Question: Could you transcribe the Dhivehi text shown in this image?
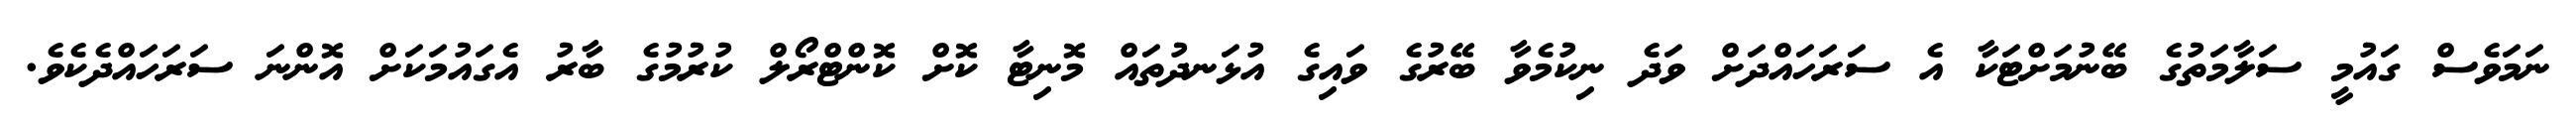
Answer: ނަމަވެސް ގައުމީ ސަލާމަތުގެ ބޭނުމަށްޓަކާ އެ ސަރަހައްދަށް ވަދެ ނިކުމެވާ ބޭރުގެ ވައިގެ އުޅަނދުތައް މޮނިޓާ ކޮށް ކޮންޓްރޯލް ކުރުމުގެ ބާރު އެގައުމަކަށް އޮންނަ ސަރަހައްދެކެވެ.